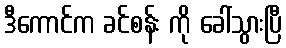
ဒီကောင်က ခင်စန်း ကို ခေါ်သွားပြီ